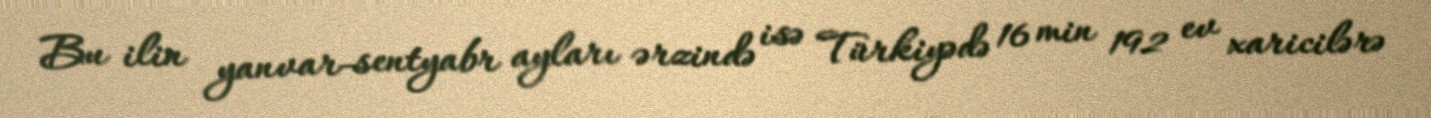
Bu ilin yanvar-sentyabr ayları ərzində isə Türkiyədə 16 min 192 ev xaricilərə